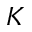
K